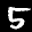
Label: 5